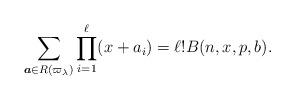
LaTeX: \begin{gather*} \sum_{{\boldsymbol{a}} \in R(\varpi_{\lambda})} \prod_{i=1}^{\ell} (x+a_i) = \ell ! B(n,x,p,b). \end{gather*}